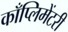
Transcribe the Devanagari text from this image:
काँप्लिमेंटरी